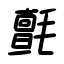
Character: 氈